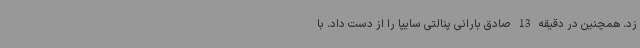
زد. همچنین در دقیقه 13 صادق بارانی پنالتی سایپا را از دست داد. با